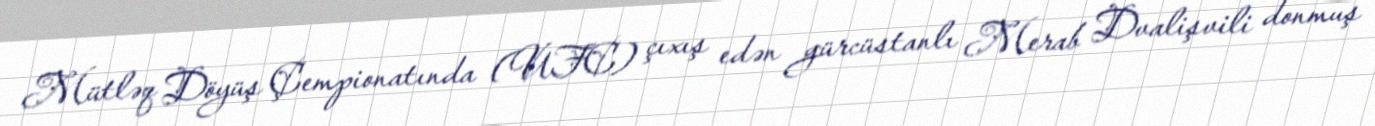
Mütləq Döyüş Çempionatında (UFC) çıxış edən gürcüstanlı Merab Dvalişvili donmuş